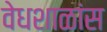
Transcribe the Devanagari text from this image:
वेधशाळांस